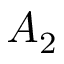
A _ { 2 }